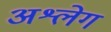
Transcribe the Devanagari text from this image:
अश्लेग